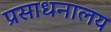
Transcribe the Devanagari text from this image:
प्रसाधनालय